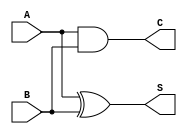
module half_adder(input A, input B, output S, output C);
  
  assign S = A ^ B;  // XOR operation for sum output
  assign C = A & B;  // AND operation for carry output
  
endmodule